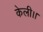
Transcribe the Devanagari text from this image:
केली।।